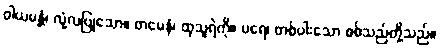
ဝါယမန္တံ၊ လုံ့လပြုသော။ တမေနံ၊ ထုသူရဲကို။ ပရေ၊ တစ်ပါးသော စစ်သည်တို့သည်။